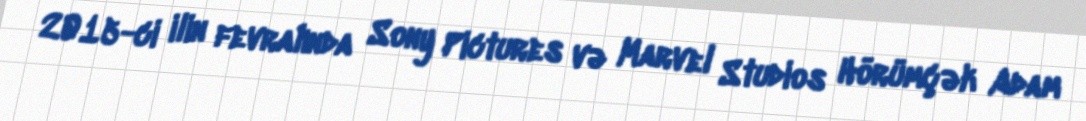
2015-ci ilin fevralında Sony Pictures və Marvel Studios Hörümçək Adam